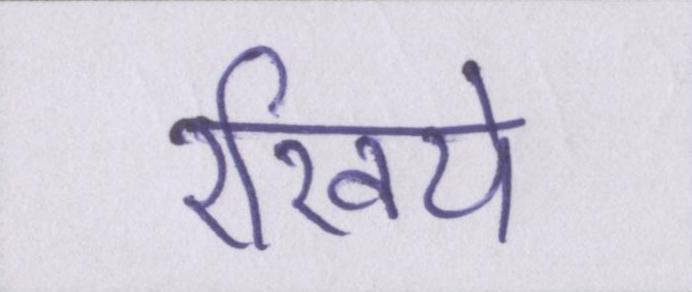
रखिये